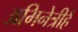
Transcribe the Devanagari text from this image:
अभिनेत्रीहैं